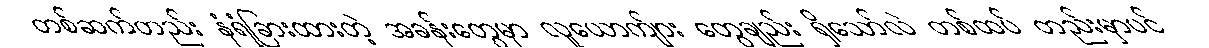
တစ်ဆက်တည်း နံရံခြားထားတဲ့ အခန်းတွေမှာ လူယောက်ျား တွေချည်း ရှိသော်လဲ တစ်ထပ် တည်းမှာပင်